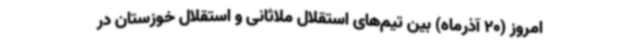
امروز (20 آذرماه) بین تیم‌های استقلال ملاثانی و استقلال خوزستان در